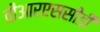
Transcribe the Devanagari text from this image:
वीआरएससीडी